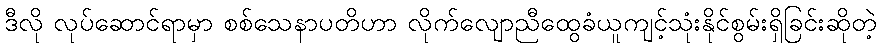
ဒီလို လုပ်ဆောင်ရာမှာ စစ်သေနာပတိဟာ လိုက်လျောညီထွေခံယူကျင့်သုံးနိုင်စွမ်းရှိခြင်းဆိုတဲ့